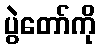
ပွဲတော်ကို